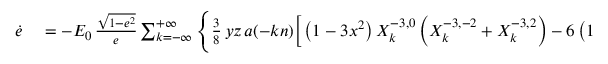
\begin{array} { r l } { \dot { e } } & { { } = - { \cal E } _ { 0 } \, \frac { \sqrt { 1 - e ^ { 2 } } } { e } \sum _ { k = - \infty } ^ { + \infty } \Bigg \{ \frac 3 8 \, y z \, a ( - k n ) \bigg [ \left( 1 - 3 x ^ { 2 } \right) X _ { k } ^ { - 3 , 0 } \left( X _ { k } ^ { - 3 , - 2 } + X _ { k } ^ { - 3 , 2 } \right) - 6 \left( 1 - x ^ { 2 } - 2 y ^ { 2 } \right) X _ { k } ^ { - 3 , 2 } X _ { k } ^ { - 3 , - 2 } \bigg ] } \end{array}